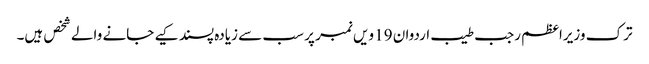
ترک وزیراعظم رجب طیب اردوان 19 ویں نمبر پر سب سے زیادہ پسند کیے جانے والے شخص ہیں۔